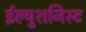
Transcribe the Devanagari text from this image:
ईल्युशनिस्ट